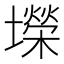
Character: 𫮴